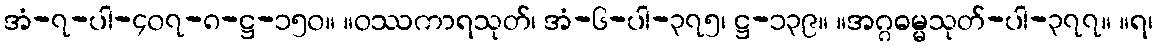
အံ-၇-ပါ-၄၀၇-၈-ဋ္ဌ-၁၅၀။ ။ဝဿကာရသုတ်၊ အံ-၆-ပါ-၃၇၅၊ ဋ္ဌ-၁၃၉။ ။အဂ္ဂဓမ္မသုတ်-ပါ-၃၇၇။ ။ရ၊